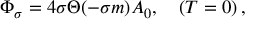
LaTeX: \Phi _ { \sigma } = 4 \sigma \Theta ( - \sigma m ) A _ { 0 } , \quad ( T = 0 ) \, ,